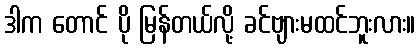
ဒါက တောင် ပို မြန်တယ်လို့ ခင်ဗျားမထင်ဘူးလား။